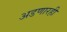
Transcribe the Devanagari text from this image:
अडणारही